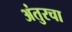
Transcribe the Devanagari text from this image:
अंतुरचा